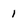
Character: 1